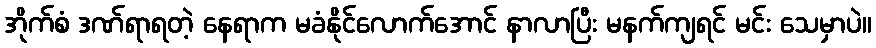
အိုက်စံ ဒဏ်ရာရတဲ့ နေရာက မခံနိုင်လောက်အောင် နာလာပြီး မနက်ကျရင် မင်း သေမှာပဲ။